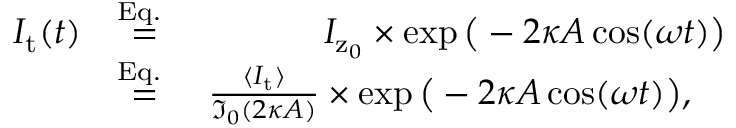
\begin{array} { r l r } { I _ { \mathrm { t } } ( t ) } & { \stackrel { \mathrm { E q . ~ } } { = } } & { I _ { \mathrm { z } _ { 0 } } \times \exp \big ( - 2 \kappa A \cos ( \omega t ) \big ) } \\ & { \stackrel { \mathrm { E q . ~ } } { = } } & { \frac { \langle I _ { \mathrm { t } } \rangle } { \mathfrak { I } _ { 0 } ( 2 \kappa A ) } \times \exp \big ( - 2 \kappa A \cos ( \omega t ) \big ) , \quad } \end{array}